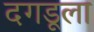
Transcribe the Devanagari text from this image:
दगडूला